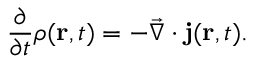
\frac { \partial } { \partial t } \rho ( \mathbf { r } , t ) = - \vec { \nabla } \cdot \mathbf { j } ( \mathbf { r } , t ) .